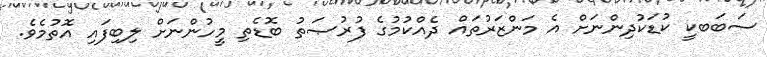
ސަބަަބކީ ކުޑަކުދިންނަށް އެ މަންޒަރުތައް ދެއްކުމުގެ ފުރުޞަތު ބޮޑެތި މީހުންނަށް ލިބިފައި އޮތުމެވެ.